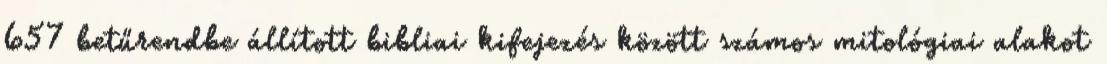
657 betűrendbe állított bibliai kifejezés között számos mitológiai alakot